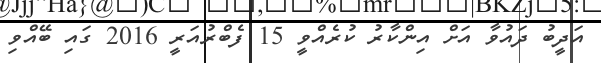
އަދީބު ދައުވާ އަށް އިންކާރު ކުރެއްވީ 15 ފެބްރުއަރީ 2016 ގައި ބޭއްވި